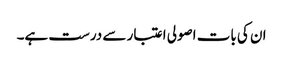
ان کی بات اصولی اعتبار سے درست ہے۔